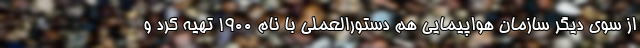
از سوی دیگر سازمان هواپیمایی هم دستورالعملی با نام ١٩٠٠ تهیه کرد و